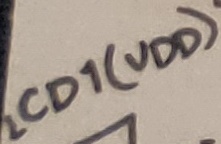
Text: LCD1(VDD)